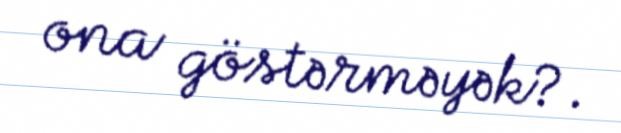
ona göstərməyək?.